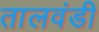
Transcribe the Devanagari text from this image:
तालवंडी